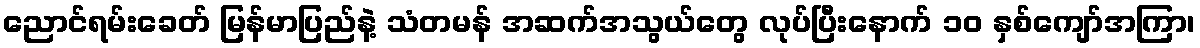
ညောင်ရမ်းခေတ် မြန်မာပြည်နဲ့ သံတမန် အဆက်အသွယ်တွေ လုပ်ပြီးနောက် ၁၀ နှစ်ကျော်အကြာ၊